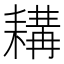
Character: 耩